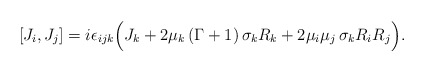
\begin{align*} [J_i,J_j]=i\epsilon_{ijk}\Big(J_{k}+2\mu_k\,(\Gamma+1)\,\sigma_k R_k+2\mu_i\mu_j\,\sigma_k R_iR_j\Big).\end{align*}